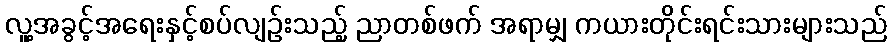
လူ့အခွင့်အရေးနှင့်စပ်လျဉ်းသည့် ညာတစ်ဖက် အရာမျှ ကယားတိုင်းရင်းသားများသည်